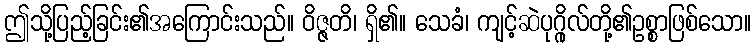
ဤသို့ပြည့်ခြင်း၏အကြောင်းသည်။ ဝိဇ္ဇတိ၊ ရှိ၏။ သေခံ၊ ကျင့်ဆဲပုဂ္ဂိုလ်တို့၏ဥစ္စာဖြစ်သော။